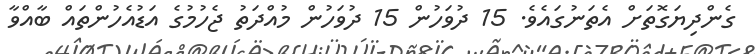
ގެންދިޔަގޮތަށް އެތަނުގައެވެ. 15 ދުވަހުން 15 ދުވަހުން މުއްދަތު ޖެހުމުގެ އަޑުއެހުންތައް ބާއްވާ